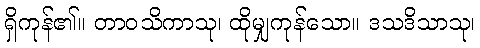
ရှိကုန်၏။ တာဝသိကာသု၊ ထိုမျှကုန်သော။ ဒသဒိသာသု၊